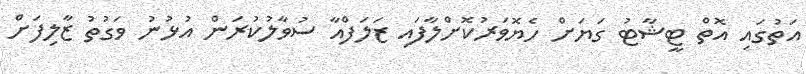
އަތުގައި އޮތް ޓީޝާޓު ގަޔަށް ހެޔޮވަރުކޮށްލާފައި ޒަލަފްއާ ސުވާލުކުރަން އުޅުނު ވަގުތު ޒާލިފަށް